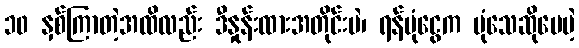
၁၀ နှစ်ကြာတဲ့အထိလည်း ဒီနှုန်းထားအတိုင်းပဲ၊ ရန်ပုံငွေက ပုံသေဆိုပေမဲ့